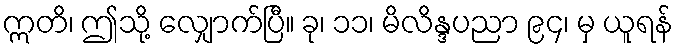
ဣတိ၊ ဤသို့ လျှောက်ပြီ။ ခု၊ ၁၁၊ မိလိန္ဒပညာ ၉၄၊ မှ ယူရန်